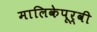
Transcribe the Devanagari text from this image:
मालिकेपूर्वी